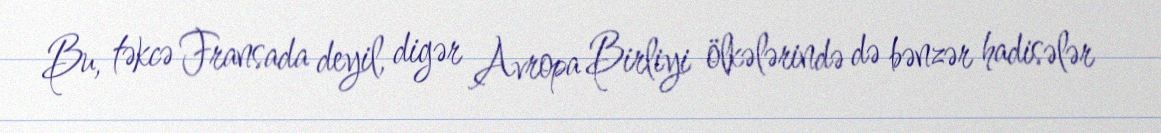
Bu, təkcə Fransada deyil, digər Avropa Birliyi ölkələrində də bənzər hadisələr